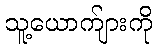
သူ့ယောက်ျားကို